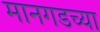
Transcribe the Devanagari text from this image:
मानगडच्या